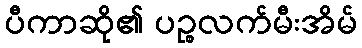
ပီကာဆို၏ ပဉ္စလက်မီးအိမ်